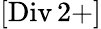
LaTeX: [\mathrm{Div}\, 2+]